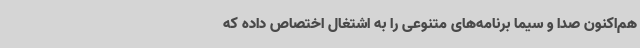
هم‌اکنون صدا و سیما برنامه‌های متنوعی را به اشتغال اختصاص داده که